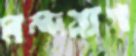
মন্দবাগ